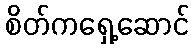
စိတ်ကရှေ့ဆောင်